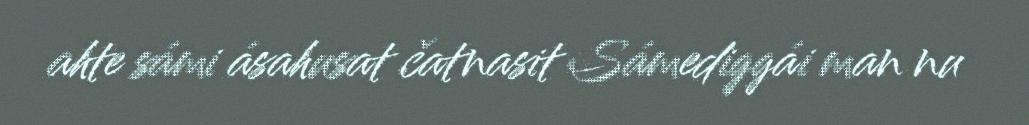
ahte sámi ásahusat čatnasit Sámediggái man nu